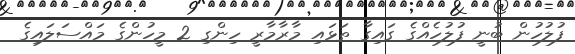
ފުލުހުން ބުނީ ފުލުހެއްގެ ގައިގާ ތަޅައި މާރާމާރީ ހިންގި 2 މީހުންގެ މައްސަލައިގެ